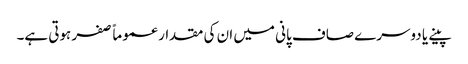
پینے یا دوسرے صاف پانی میں ان کی مقدار عموماً صفر ہوتی ہے۔